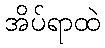
အိပ်ရာထဲ